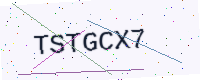
Text: TSTGCX7